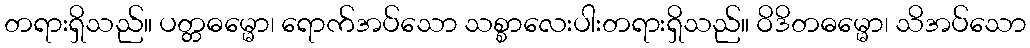
တရားရှိသည်။ ပတ္တဓမ္မော၊ ရောက်အပ်သော သစ္စာလေးပါးတရားရှိသည်။ ဝိဒိတဓမ္မော၊ သိအပ်သော